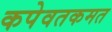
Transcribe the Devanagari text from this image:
कपेवतकमत